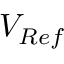
V _ { R e f }